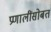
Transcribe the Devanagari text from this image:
प्रणालींसोबत